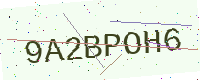
Text: 9A2BPOH6